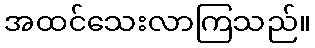
အထင်သေးလာကြသည်။